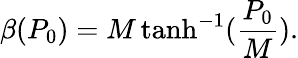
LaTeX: \beta(P_{0})=M\operatorname{tanh}^{-1}(\frac{P_{0}}{M}).